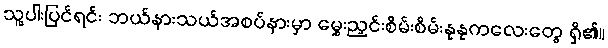
သူ့ပါးပြင်ရင်း ဘယ်နားသယ်အစပ်နားမှာ မွှေးညှင်းစိမ်းစိမ်းနုနုကလေးတွေ ရှိ၏။